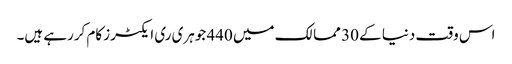
اس وقت دنیا کے 30 ممالک میں 440 جوہری ری ایکٹرز کام کررہے ہیں۔